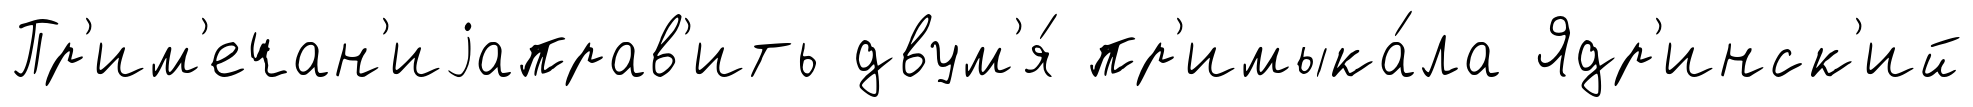
Пр'им'ечан'иjаправ'ить двум'я́ пр'имыка́ла Ядр'инск'ий